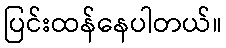
ပြင်းထန်နေပါတယ်။